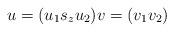
LaTeX: \begin{align*}u=(u_1 s_z u_2) v=(v_1v_2)\end{align*}